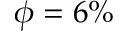
\phi = 6 \%